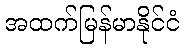
အထက်မြန်မာနိုင်ငံ